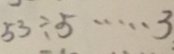
5 3 \div 5 \cdots 3